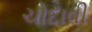
ચોદાવી